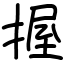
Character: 握